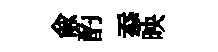
俞酌忝映